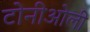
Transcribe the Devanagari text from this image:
टोनीओली